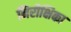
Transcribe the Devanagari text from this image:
निरीक्षिका